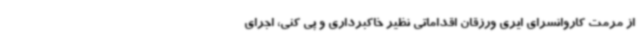
از مرمت کاروانسرای ایری ورزقان اقداماتی نظیر خاکبرداری و پی کنی، اجرای